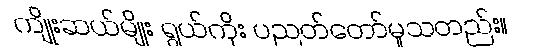
ကျိုးဆယ်မျိုး ရွယ်ကိုး ပညတ်တော်မူသတည်း။